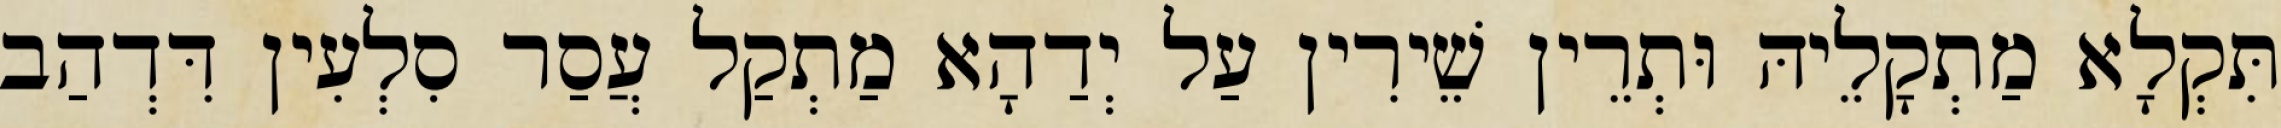
תִּקְלָא מַתְקָלֵיהּ וּתְרֵין שֵׁירִין עַל יְדַהָא מַתְקַל עֲסַר סִלְעִין דִּדְהַב